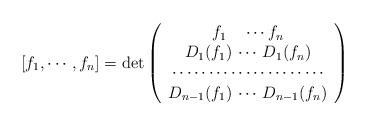
LaTeX: \begin{align*}[f_1, \cdots, f_n]=\hbox{det}\left( \begin{array}{cc} f_1\quad\cdots f_n\\ D_1(f_1)\, \cdots \,D_1(f_n) \\ \cdots\cdots\cdots\cdots\cdots\cdots \cdots \\ D_{n-1}(f_1)\, \cdots \,D_{n-1}(f_n) \\ \end{array}\right)\end{align*}